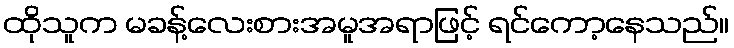
ထိုသူက မခန့်လေးစားအမူအရာဖြင့် ရင်ကော့နေသည်။